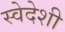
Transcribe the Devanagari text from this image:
स्वेदेशी